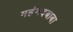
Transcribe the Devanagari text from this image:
महंमदबाबा